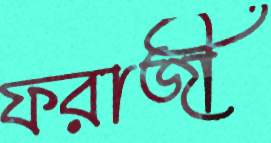
ফরাজী